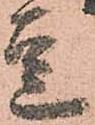
豆